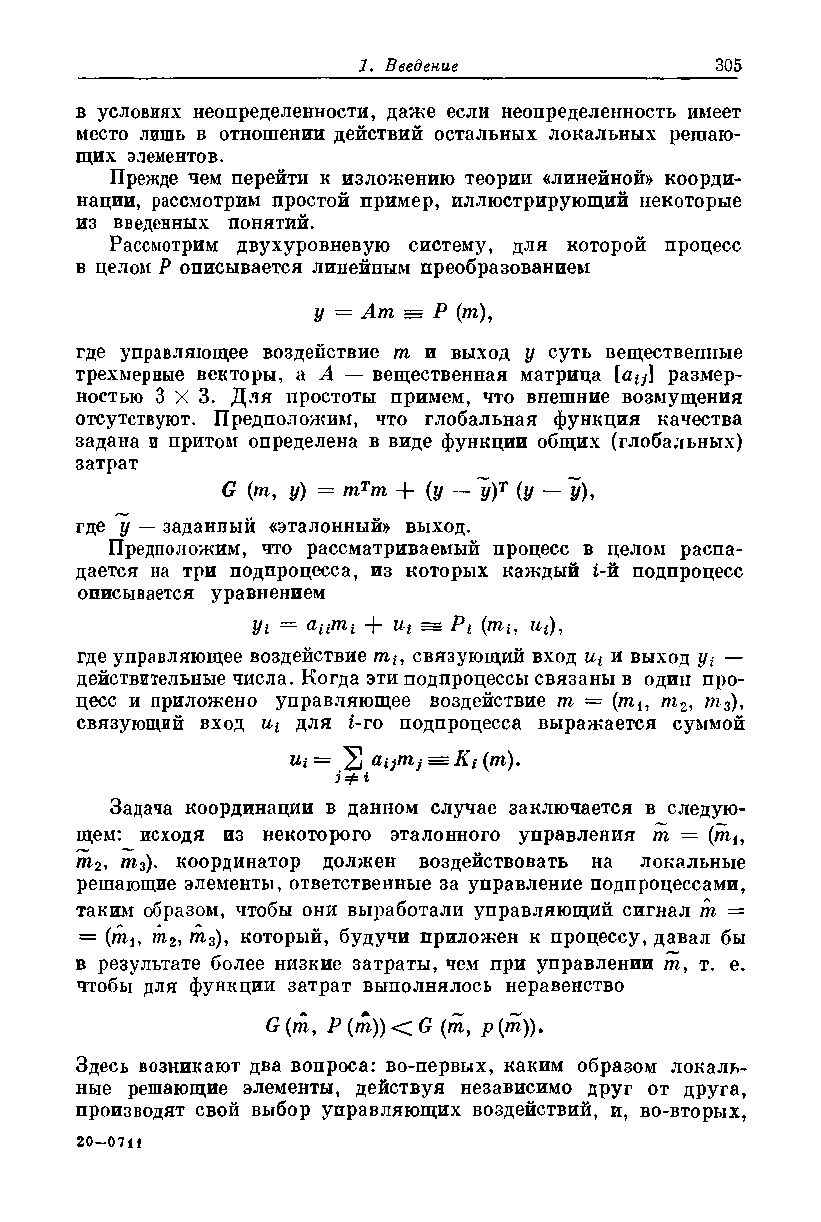
в условиях неопределенности, даже если неопределенность имеет
 место лишь в отношении действий остальных локальных решаю­
 щих элементов.
 Прежде чем перейти к изложению теории «линейной» коорди­
 нации, рассмотрим простой пример, иллюстрирующий некоторые
 из введенных понятий.
 Рассмотрим двухуровневую систему, для которой процесс
 в целом Р описывается линейным преобразованием
 у = Ат == Р (т),
 где управляющее воздействие т и выход у суть вещественные
 трехмерные векторы, a i — вещественная матрица [а^\ размер­
 ностью 3x3. Для простоты примем, что внешние возмущения
 отсутствуют. Предположим, что глобальная функция качества
 задана и притом определена в виде функции общих (глобальных)
 затрат
 G (т, у) = тТт + (у — ~у)Т (у — у),
 где у — заданный «эталонный» выход.
 Предположим, что рассматриваемый процесс в целом распа­
 дается на три подпроцесса, из которых каждый i-й подпроцесс
 описывается уравнением
 У1 = анть + Ui~ Pi (mi, ut),
 где управляющее воздействие mt, связующий вход ut и выход yt —
 действительные числа. Когда эти подпроцессы связаны в один про­
 цесс и приложено управляющее воздействие т = (mtl т2, т 3),
 связующий вход ut для i-го подпроцесса выражается суммой
 эф*
 Задача координации в данном случае заключается в следую­
 щем: исходя из некоторого эталонного управления т — (ти
 тъ /м3), координатор должен воздействовать на локальные
 решающие элементы, ответственные за управление подпроцессами,
 таким образом, чтобы они выработали управляющий сигнал т =
 = (ть щ2, т3), который, будучи приложен к процессу, давал бы
 в результате более низкие затраты, чем при управлении т, т. е.
 чтобы для функции затрат выполнялось неравенство
 G(my P(m))<G (т, р{т)).
 Здесь возникают два вопроса: во-первых, каким образом локаль­
 ные решающие элементы, действуя независимо друг от друга,
 производят свой выбор управляющих воздействий, и, во-вторых,
 20-0711